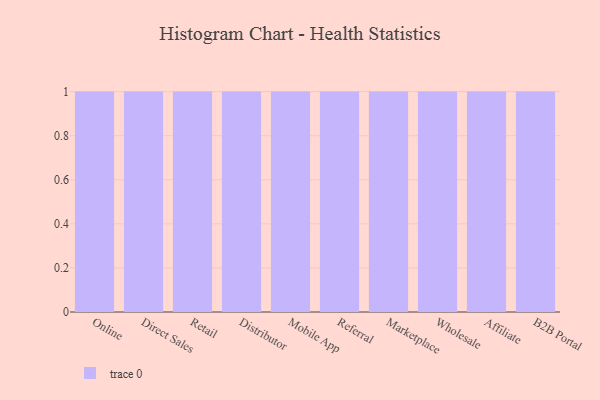
{"axis": {"x": "Channel", "y": "Operating Costs (USD K)"}, "legend": [""], "data": [{"x": "Online", "y": 52, "type": ""}, {"x": "Direct Sales", "y": 10, "type": ""}, {"x": "Retail", "y": 93, "type": ""}, {"x": "Distributor", "y": 13, "type": ""}, {"x": "Mobile App", "y": 62, "type": ""}, {"x": "Referral", "y": 99, "type": ""}, {"x": "Marketplace", "y": 77, "type": ""}, {"x": "Wholesale", "y": 6, "type": ""}, {"x": "Affiliate", "y": 78, "type": ""}, {"x": "B2B Portal", "y": 88, "type": ""}]}